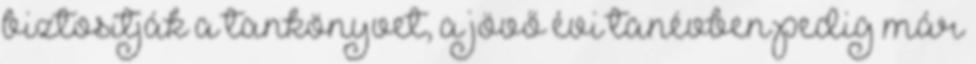
biztosítják a tankönyvet, a jövő évi tanévben pedig már